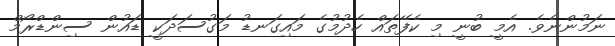
ނަމުންނެވެ. އެމީ ބުނީ މި ކެފޭތައް ހެދުމުގެ މައިގަނޑު މަގުސަދަކީ ޑައުން ސިންޑްރޯމް